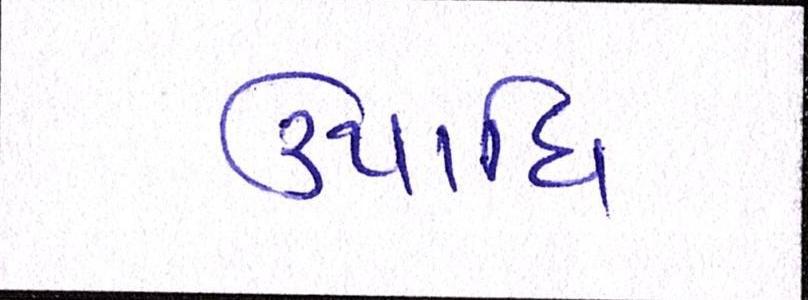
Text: ઉપાધિ